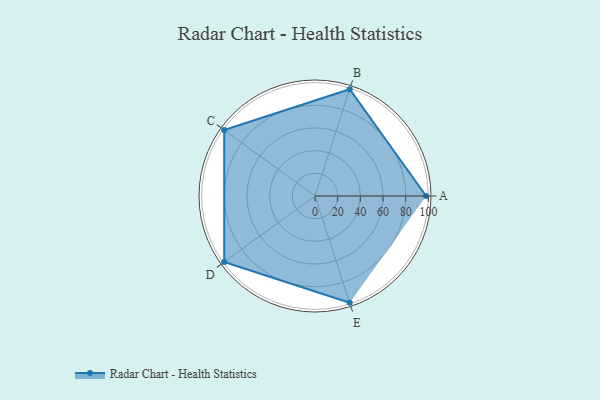
{"axis": {"x": "Skill", "y": "Score"}, "legend": ["Profile"], "data": [{"x": "A", "y": 98.0, "type": "Profile"}, {"x": "B", "y": 99.0, "type": "Profile"}, {"x": "C", "y": 99, "type": "Profile"}, {"x": "D", "y": 99, "type": "Profile"}, {"x": "E", "y": 99, "type": "Profile"}]}